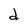
Character: d